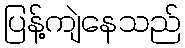
ပြန့်ကျဲနေသည်